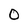
Character: 0